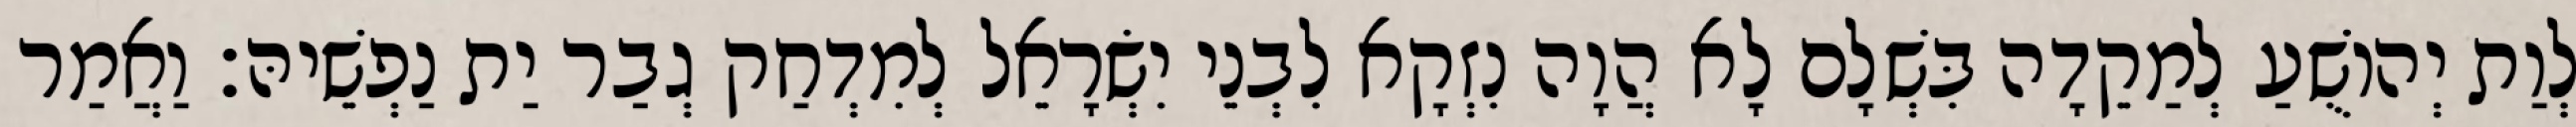
לְוַת יְהוֹשֻׁעַ לְמַקֵדָה בִּשְׁלָם לָא הֲוָה נִזְקָא לִבְנֵי יִשְׂרָאֵל לְמִדְחַק גְבַר יַת נַפְשֵׁיהּ׃ וַאֲמַר